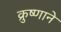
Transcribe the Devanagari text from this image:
क्रुष्णाने